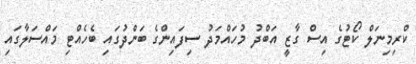
ކްރިމިނަލް ކޯޓުގެ އިސް ގާޒީ އަބްދު މުހައްމަދު ސިފައިންގެ ބަންދުގައި ބެހެއްޓި މައްސަލާގައި